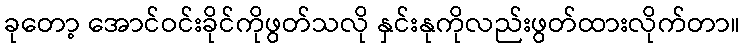
ခုတော့ အောင်ဝင်းခိုင်ကိုဖွတ်သလို နှင်းနုကိုလည်းဖွတ်ထားလိုက်တာ။